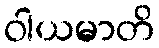
ဝါယမာတိ